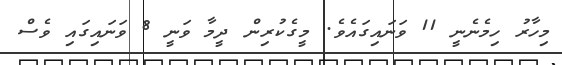
މިހާރު ހިމެނެނީ 11 ވަނައިގައެވެ. މީގެކުރިން ދީމާ ވަނީ 8 ވަނައިގައި ވެސް